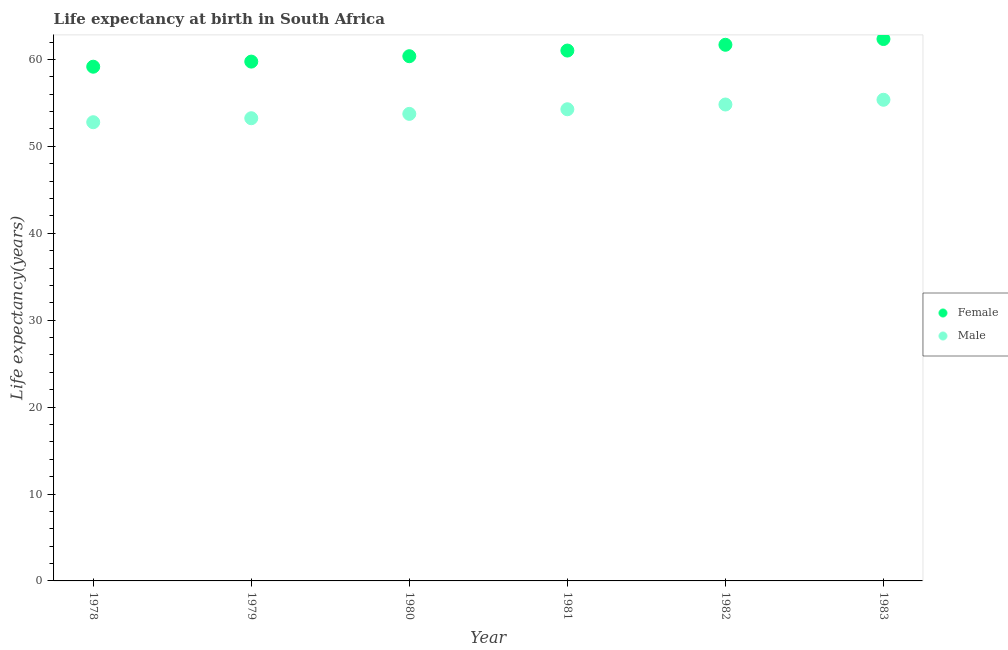
| Year | Female | Male |
 | --- | --- | --- |
 | 1978 | 59.2 | 52.8 |
 | 1979 | 59.8 | 53.2 |
 | 1980 | 60.4 | 53.7 |
 | 1981 | 61 | 54.3 |
 | 1982 | 61.7 | 54.8 |
 | 1983 | 62.3 | 55.4 |